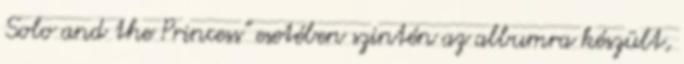
Solo and the Princess" esetében szintén az albumra készült,